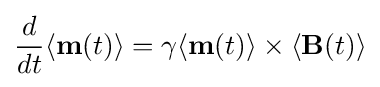
{\frac {d}{dt}}\langle \mathbf {m} (t)\rangle =\gamma \langle \mathbf {m} (t)\rangle \times \langle \mathbf {B} (t)\rangle